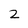
Character: 2